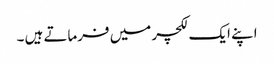
اپنے ایک لکچر میں فرماتے ہیں ۔